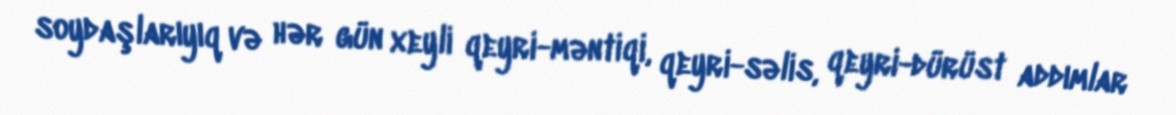
soydaşlarıyıq və hər gün xeyli qeyri-məntiqi, qeyri-səlis, qeyri-dürüst addımlar